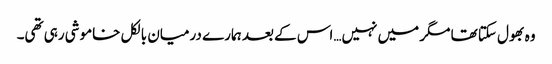
وہ بھول سکتا تھا مگر میں نہیں…اس کے بعد ہمارے درمیان بالکل خاموشی رہی تھی۔